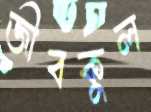
জীবকুল